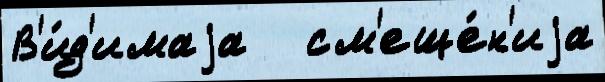
В'и́д'имаjа   см'еще́н'иjа